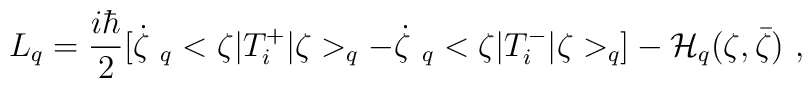
L_q=\frac{i\hbar}{2}[\dot{\zeta} \ _q<\zeta|T^+_i|\zeta>_q-\dot\zeta \ _q<\zeta|T^-_i|\zeta>_q]-{\cal H}_{q}(\zeta,\bar{\zeta})\ ,